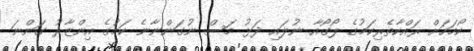
ކޯމަހަށް ރައްކާތެރިކަމުގެ ލޯގޯއާ ނުލައި ދަޅު މަސް ނުގަންނާނެ ކަމުގެ އިންޒާރު ގަންނަ